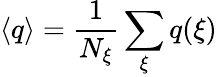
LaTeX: \langle q\rangle=\frac{1}{N_{\xi}}\sum_{\xi}q(\xi)